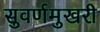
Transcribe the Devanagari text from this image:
सुवर्णमुखरी